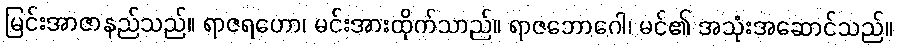
မြင်းအာဇာနည်သည်။ ရာဇရဟော၊ မင်းအားထိုက်သာည်။ ရာဇဘောဂေါ၊ မင်၏ အသုံးအဆောင်သည်။